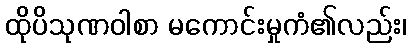
ထိုပိသုဏဝါစာ မကောင်းမှုကံ၏လည်း၊